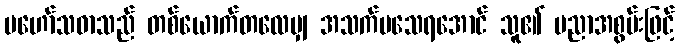
မဟော်သဓာသည် တစ်ယောက်တလေမျှ အသက်မသေရအောင် သူ၏ ပညာအစွမ်းဖြင့်